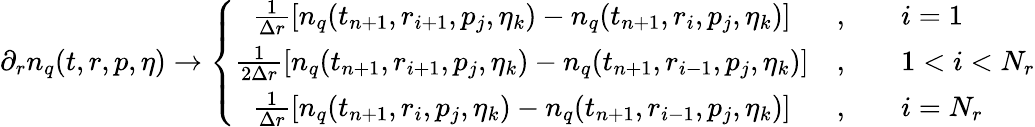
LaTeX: \partial_{r}n_{q}(t,r,p,\eta)\to\left\{ \begin{array}{cll}{{\frac{1}{\Delta r}\left[n_{q}(t_{n+1},r_{i+1},p_{j},\eta_{k})-n_{q}(t_{n+1},r_{i},p_{j},\eta_{k})\right]}}&{{,\quad}}&{{i=1}}\\ {{\frac{1}{2\Delta r}\left[n_{q}(t_{n+1},r_{i+1},p_{j},\eta_{k})-n_{q}(t_{n+1},r_{i-1},p_{j},\eta_{k})\right]}}&{{,\quad}}&{{1<i<N_{r}}}\\ {{\frac{1}{\Delta r}\left[n_{q}(t_{n+1},r_{i},p_{j},\eta_{k})-n_{q}(t_{n+1},r_{i-1},p_{j},\eta_{k})\right]}}&{{,\quad}}&{{i=N_{r}}}\end{array}\right.